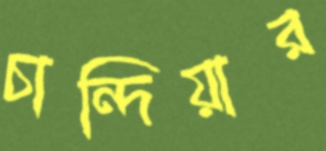
চান্দিয়ার